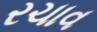
રચાવ